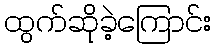
ထွက်ဆိုခဲ့ကြောင်း